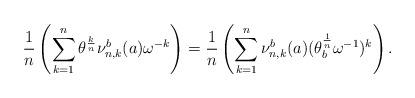
LaTeX: \begin{align*}\frac{1}{n}\left(\sum^{n}_{k=1}\theta^{\frac{k}{n}}\nu^{b}_{n,k}(a) \omega^{-k}\right)=\frac{1}{n}\left(\sum^{n}_{k=1}\nu^{b}_{n,k}(a) (\theta^{\frac{1}{n}}_{b}\omega^{-1})^{k}\right).\end{align*}